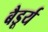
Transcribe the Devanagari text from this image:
बैडूर्य